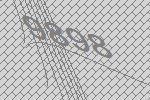
9898